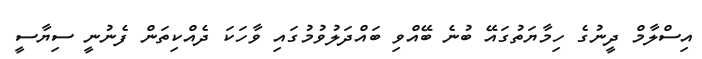
އިސްލާމް ދީނުގެ ހިމާޔަތުގައޭ ބުނެ ބޭއްވި ބައްދަލުވުމުގައި ވާހަކަ ދެއްކިތަން ފެނުނީ ސިޔާސީ